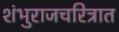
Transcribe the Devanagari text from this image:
शंभुराजचरित्रात